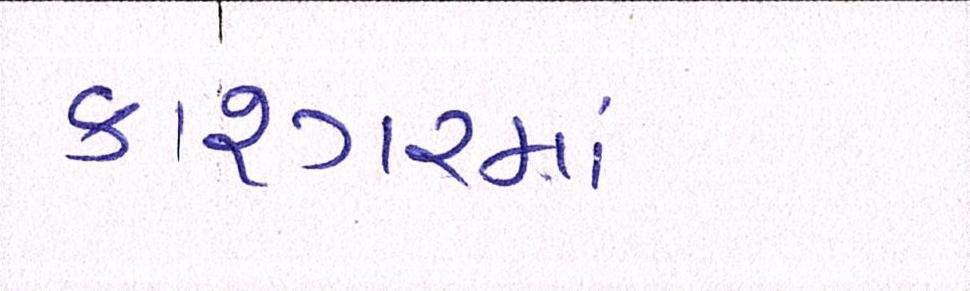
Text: કાશ્ગરમાં